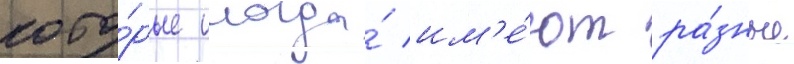
кото́рые иногда́ им'е́ют ра́зные